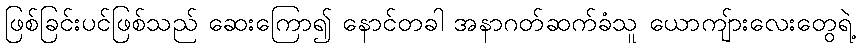
ဖြစ်ခြင်းပင်ဖြစ်သည် ဆေးကြော၍ နောင်တခါ အနာဂတ်ဆက်ခံသူ ယောကျ်ားလေးတွေရဲ့